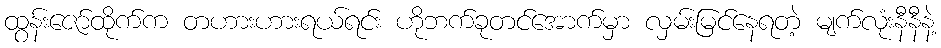
ထွန်းဇော်ထိုက်က တဟားဟားရယ်ရင်း ဟိုဘက်ခုတင်အောက်မှာ လှမ်းမြင်နေရတဲ့ မျက်လုံးနီနီနဲ့